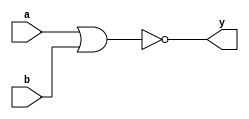
// Code for nor_gate  
module nor_gate(
  input a,
  input b,
  output y
);
  nor(y,a,b);
endmodule